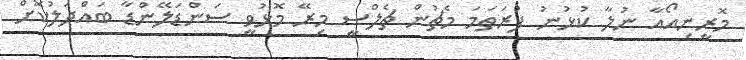
މޮރީނިއޯއާ ނުލާ ކުޅުނު ފުރަތަމަ މެޗުން ޗެލްސީ މިރޭ މޮޅުވީ ސަންޑަލޭންޑާ ބައްދަލުކޮށް